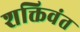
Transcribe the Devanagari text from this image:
शक्तिवंत